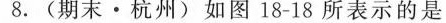
8.(期末·杭州)如图18-18所表示的是